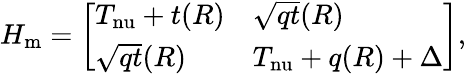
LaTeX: H_{\mathrm{m}}=\left[\begin{array}{ll}{T_{\mathrm{nu}}+t(R)}&{\sqrt{qt}(R)}\\ {\sqrt{qt}(R)}&{T_{\mathrm{nu}}+q(R)+\Delta}\end{array}\right],